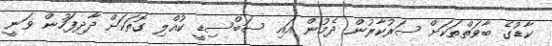
ކާޑުގެ ބާވަތްތަކަށް ސަރުކާރުން ދެމުން އައި ސަބްސިޑީ ކުއްލި ގޮތަކަށް ދާދިފަހުން ވަނީ